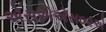
એસએએસ૦૨એ